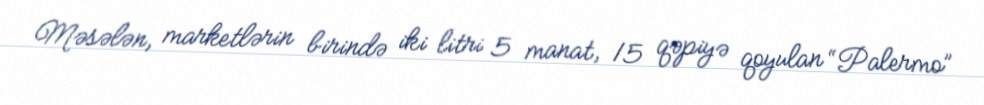
Məsələn, marketlərin birində iki litri 5 manat, 15 qəpiyə qoyulan “Palermo”